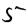
Digit: 5